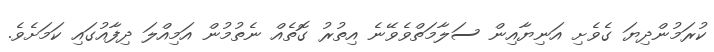
ކުރަމުންދިޔަ ގެވެށި އަނިޔާއިން ސަލާމަތްވެވޭނެ އިތުރު ގޮތެއް ނެތުމުން އަމިއްލަ ދިފާއުގައި ކަމަށެވެ.